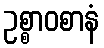
ဥစ္စာဝစာနံ